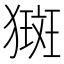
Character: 𤡰